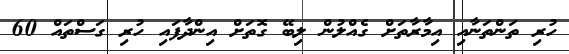
ހުރި ތަންތަނާއި އިމާރާތަށް ގެއްލުން ލިބޭ ގޮތަށް އިންދާފައި ހުރި ގަސްތައް 60